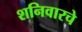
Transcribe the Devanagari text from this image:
शनिवारचे